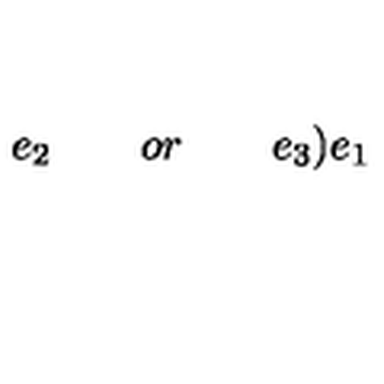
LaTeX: e _ { 2 } \quad \quad o r \quad \quad e _ { 3 } \mathbf { ) } e _ { 1 }